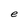
Character: e